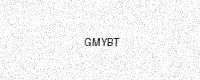
Text: GMYBT